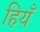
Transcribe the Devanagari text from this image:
हियँ